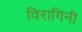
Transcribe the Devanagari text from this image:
विरागिनी